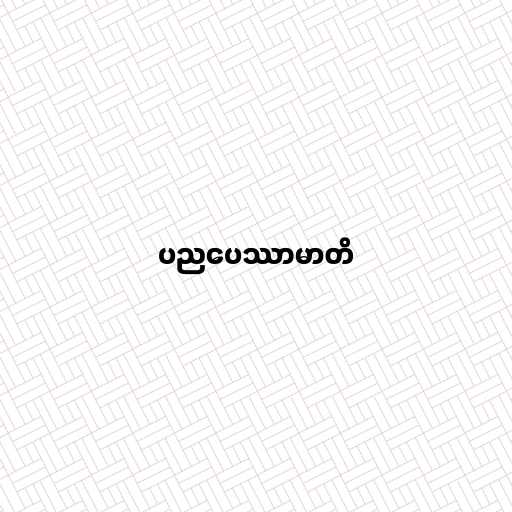
ပညပေဿာမာတိ